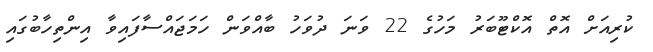
ކުރިއަށް އޮތް އޮކްޓޫބަރު މަހުގެ 22 ވަަނަ ދުވަހު ބާއްވަން ހަމަޖައްސާފައިވާ އިންތިހާބުގައި